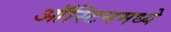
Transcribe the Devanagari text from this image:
ऑस्टिनमध्ये